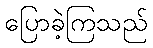
ပြောခဲ့ကြသည်